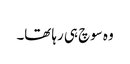
وہ سوچ ہی رہا تھا۔